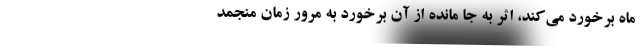
ماه برخورد می‌کند، اثر به جا مانده از آن برخورد به مرور زمان منجمد